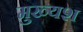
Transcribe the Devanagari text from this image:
मुख्यश